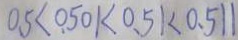
0 . 5 < 0 . 5 0 1 < 0 . 5 1 < 0 . 5 1 1